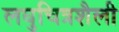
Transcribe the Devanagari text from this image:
लघुचित्रशैली